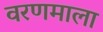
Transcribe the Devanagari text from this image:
वरणमाला